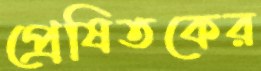
প্রেষিতকের